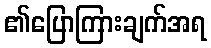
၏ပြောကြားချက်အရ